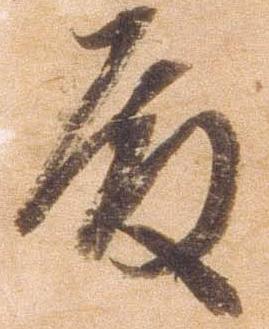
殿